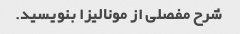
شرح مفصلی از مونالیزا بنویسید.